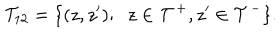
LaTeX: { \cal T } _ { 1 2 } = \{ ( z , z ^ { \prime } ) ; \; \; z \in { \cal T } ^ { + } , z ^ { \prime } \in { \cal T } ^ { - } \} .